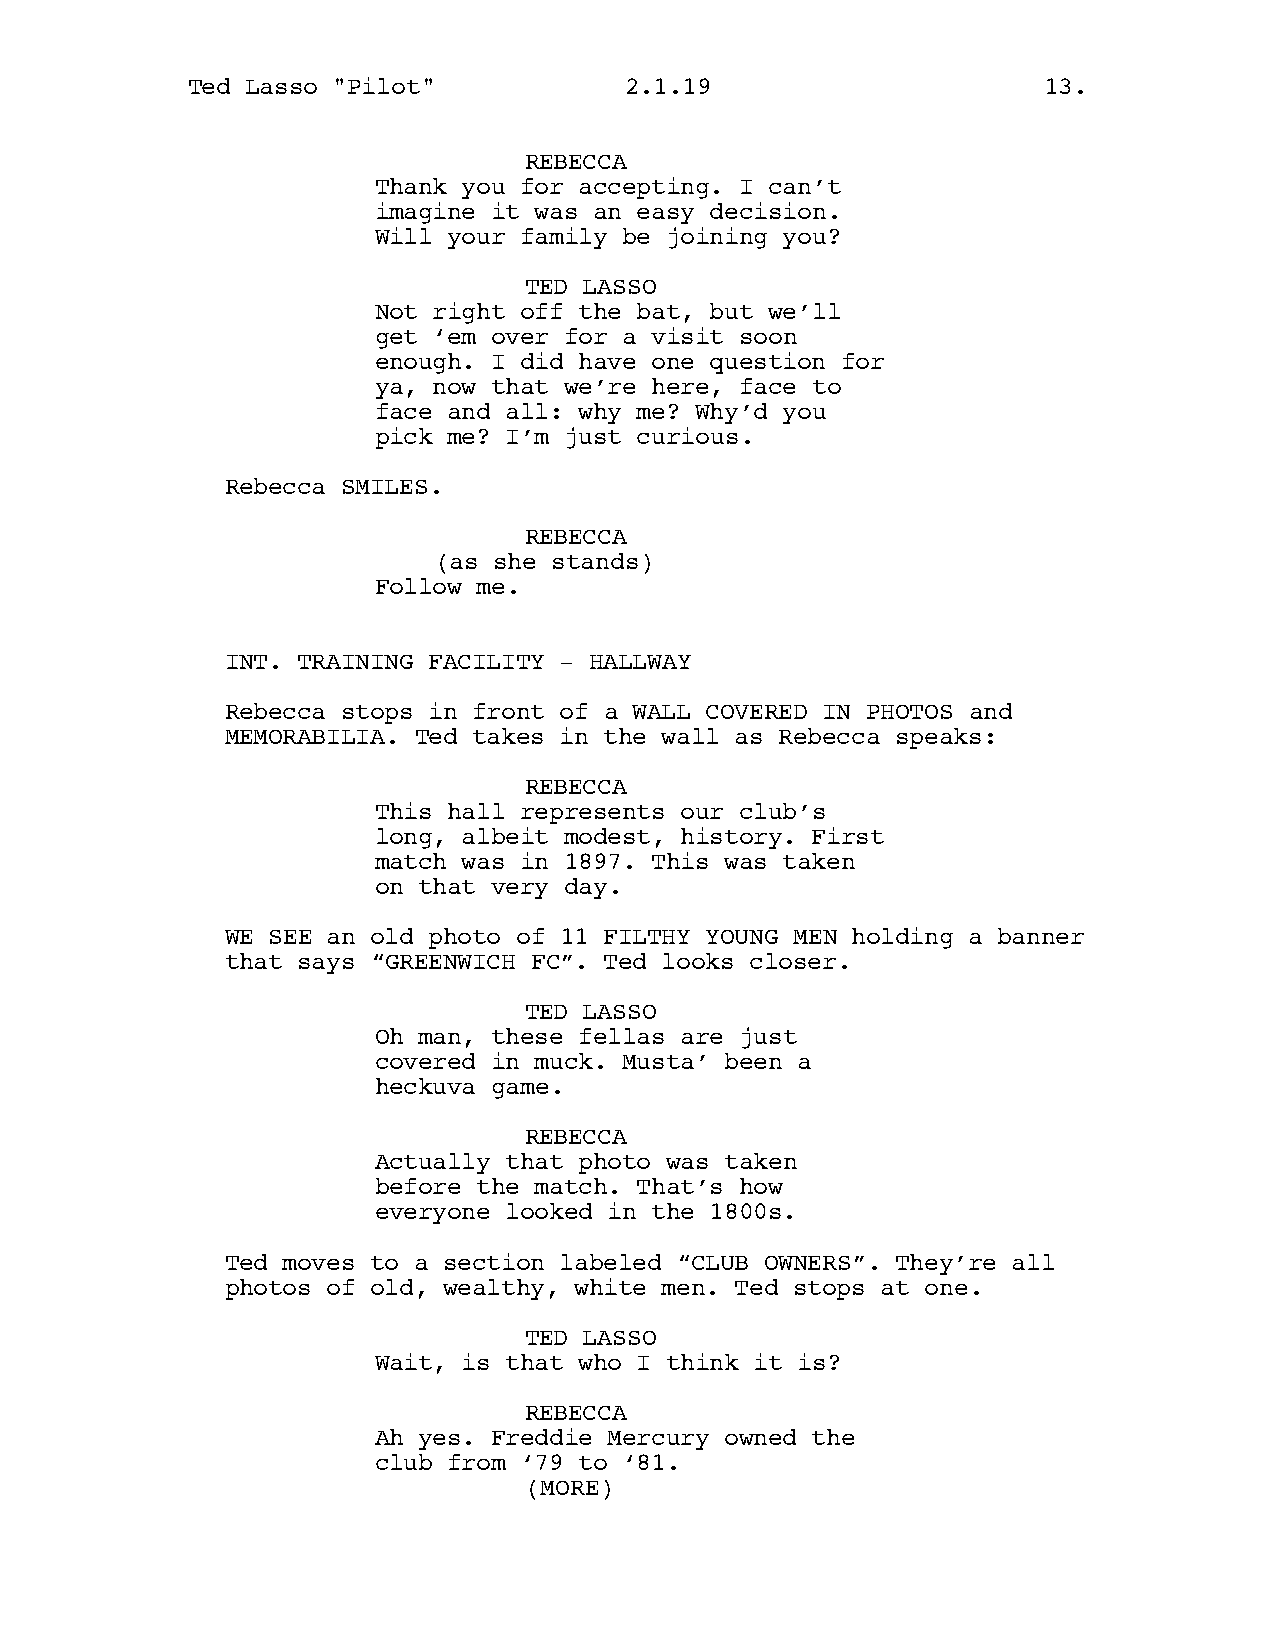
Ted Lasso "Pilot"            2.1.19                      13.
 REBECCA
 Thank you for accepting. I can’t
 imagine it was an easy decision.
 Will your family be joining you?
 TED LASSO
 Not right off the bat, but we’ll
 get ‘em over for a visit soon
 enough. I did have one question for
 ya, now that we’re here, face to
 face and all: why me? Why’d you
 pick me? I’m just curious.
 Rebecca SMILES.
 REBECCA
 (as she stands)
 Follow me.
 INT. TRAINING FACILITY - HALLWAY
 Rebecca stops in front of a WALL COVERED IN PHOTOS and
 MEMORABILIA. Ted takes in the wall as Rebecca speaks:
 REBECCA
 This hall represents our club’s
 long, albeit modest, history. First
 match was in 1897. This was taken
 on that very day.
 WE SEE an old photo of 11 FILTHY YOUNG MEN holding a banner
 that says “GREENWICH FC”. Ted looks closer.
 TED LASSO
 Oh man, these fellas are just
 covered in muck. Musta’ been a
 heckuva game.
 REBECCA
 Actually that photo was taken
 before the match. That’s how
 everyone looked in the 1800s.
 Ted moves to a section labeled “CLUB OWNERS”. They’re all
 photos of old, wealthy, white men. Ted stops at one.
 TED LASSO
 Wait, is that who I think it is?
 REBECCA
 Ah yes. Freddie Mercury owned the
 club from ‘79 to ‘81.
 (MORE)